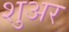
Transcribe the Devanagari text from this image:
शुअर